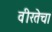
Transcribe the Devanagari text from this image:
वीरतेचा